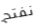
نفتح